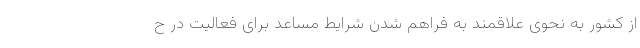
از کشور به نحوی علاقمند به فراهم شدن شرایط مساعد برای فعالیت در ح